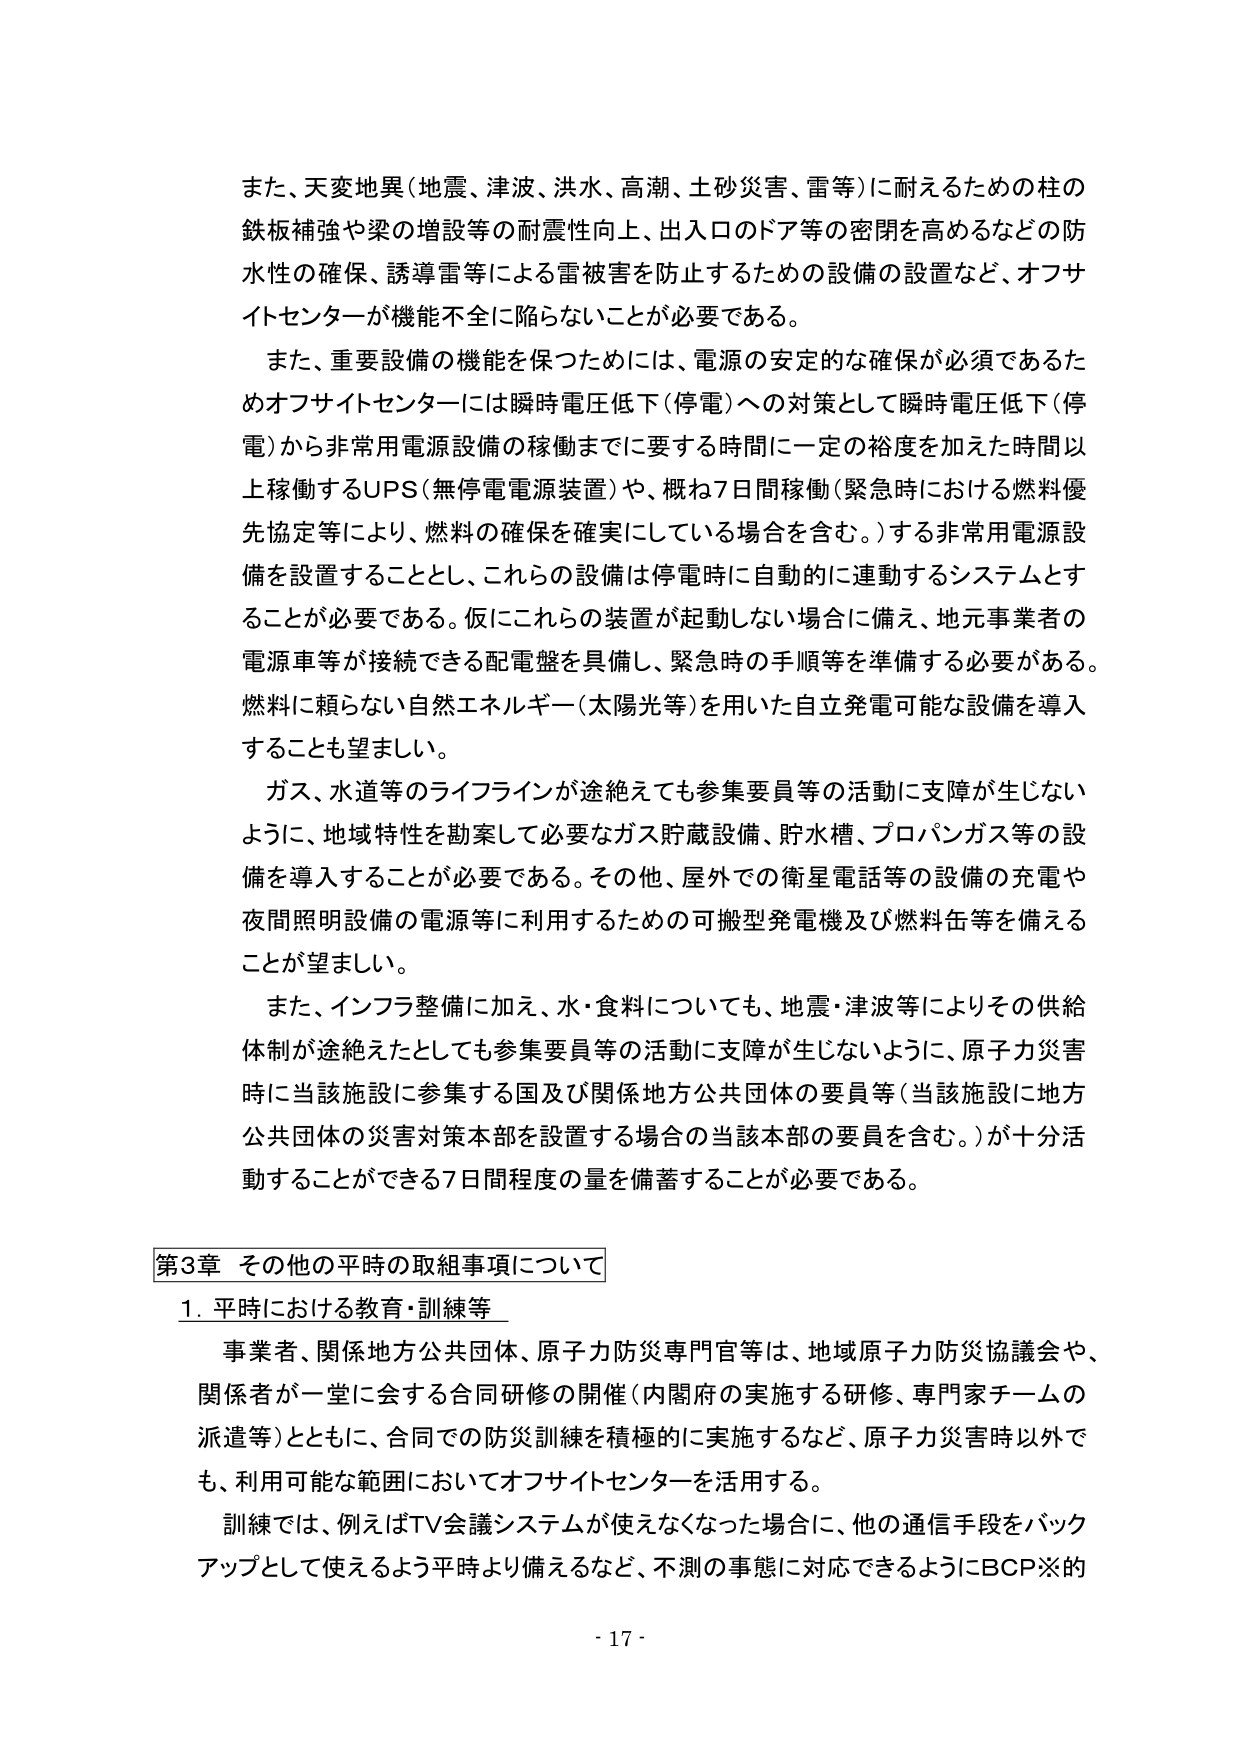
また、天変地異（地震、津波、洪水、高潮、土砂災害、雷等）に耐えるための柱の鉄板補強や梁の増設等の耐震性向上、出入口のドア等の密閉を高めるなどの防水性の確保、誘導雷等による雷被害を防止するための設備の設置など、オフサイトセンターが機能不全に陥らないことが必要である。

また、重要設備の機能を保つためには、電源の安定的な確保が必須であるためオフサイトセンターには瞬時電圧低下（停電）への対策として瞬時電圧低下（停電）から非常用電源設備の稼働までに要する時間に一定の裕度を加えた時間以上稼働するUPS（無停電電源装置）や、概ね7日間稼働（緊急時における燃料優先協定等により、燃料の確保を確実にしている場合を含む。）する非常用電源設備を設置することとし、これらの設備は停電時に自動的に連動するシステムとすることが必要である。仮にこれらの装置が起動しない場合に備え、地元事業者の電源車等が接続できる配電盤を具備し、緊急時の手順等を準備する必要がある。燃料に頼らない自然エネルギー（太陽光等）を用いた自立発電可能な設備を導入することも望ましい。

ガス、水道等のライフラインが途絶えても参集要員等の活動に支障が生じないように、地域特性を勘案して必要なガス貯蔵設備、貯水槽、プロパンガス等の設備を導入することが必要である。その他、屋外での衛星電話等の設備の充電や夜間照明設備の電源等に利用するための可搬型発電機及び燃料缶等を備えることが望ましい。

また、インフラ整備に加え、水・食料についても、地震・津波等によりその供給体制が途絶えたとしても参集要員等の活動に支障が生じないように、原子力災害時に当該施設に参集する国及び関係地方公共団体の要員等（当該施設に地方公共団体の災害対策本部を設置する場合の当該本部の要員を含む。）が十分活動することができる7日間程度の量を備蓄することが必要である。

第3章 その他の平時の取組事項について

1. 平時における教育・訓練等

事業者、関係地方公共団体、原子力防災専門官等は、地域原子力防災協議会や、関係者が一堂に会する合同研修の開催（内閣府の実施する研修、専門家チームの派遣等）とともに、合同での防災訓練を積極的に実施するなど、原子力災害時以外でも、利用可能な範囲においてオフサイトセンターを活用する。

訓練では、例えばTV会議システムが使えなくなった場合に、他の通信手段をバックアップとして使えるよう平時より備えるなど、不測の事態に対応できるようにBCP※的

- 17 -